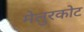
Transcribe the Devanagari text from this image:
मेलुरकोट